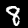
Label: 8